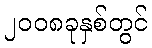
၂၀၀၈ခုနှစ်တွင်